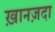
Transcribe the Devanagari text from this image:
ख़ानज़दा